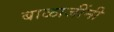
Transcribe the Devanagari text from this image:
बाळाजींनी